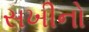
સખીનો